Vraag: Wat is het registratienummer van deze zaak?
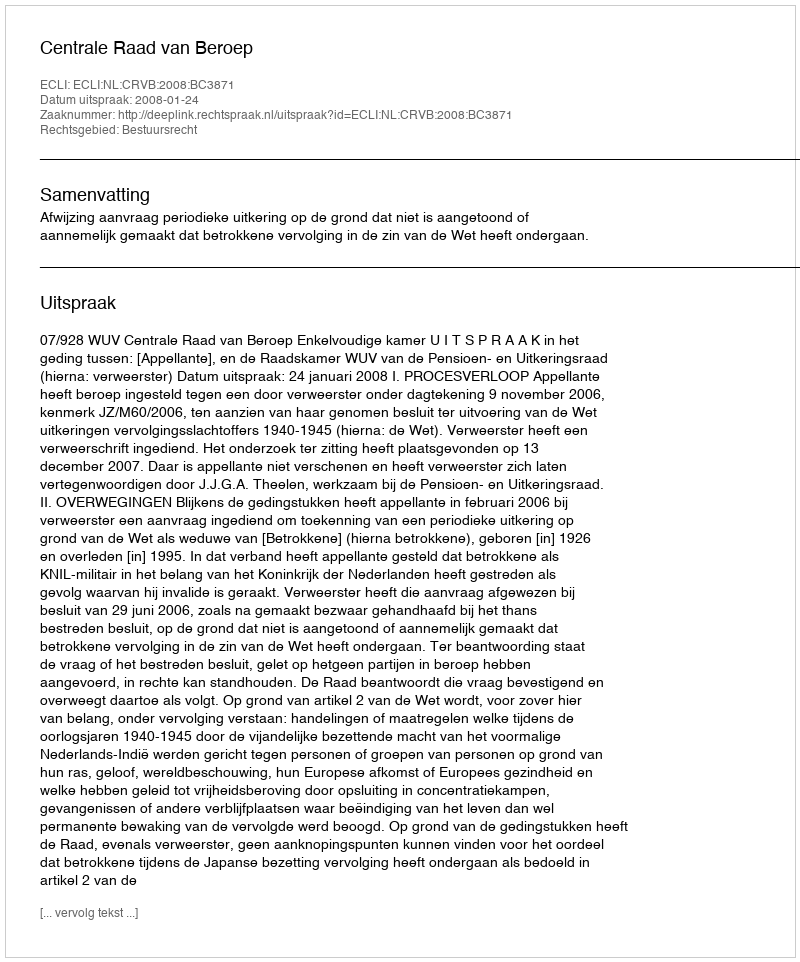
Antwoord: http://deeplink.rechtspraak.nl/uitspraak?id=ECLI:NL:CRVB:2008:BC3871